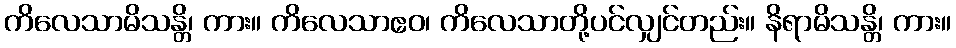
ကိလေသာမိသန္တိ၊ ကား။ ကိလေသာဧဝ၊ ကိလေသာတို့ပင်လျှင်တည်း။ နိရာမိသန္တိ၊ ကား။